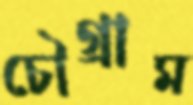
চৌগ্রাম